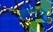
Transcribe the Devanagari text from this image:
ज़ेजोफेनिज